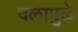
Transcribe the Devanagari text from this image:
दलामुळे